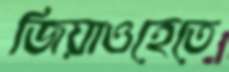
জিয়াওহেতে